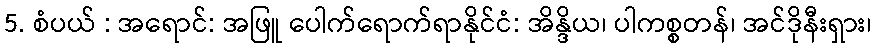
5. စံပယ် : အရောင်: အဖြူ ပေါက်ရောက်ရာနိုင်ငံ: အိန္ဒိယ၊ ပါကစ္စတန်၊ အင်ဒိုနီးရှား၊